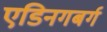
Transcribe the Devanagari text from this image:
एडिनगबर्ग